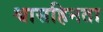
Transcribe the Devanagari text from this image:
श्वासहिनता